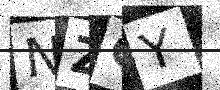
Text: NZGY